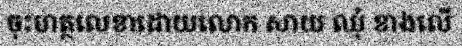
ចុះហត្ថលេខាដោយលោក សាយ ឈុំ ខាងលើ